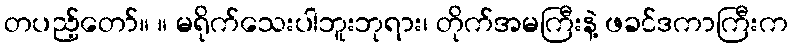
တပည့်တော်။ ။ မရိုက်သေးပါဘူးဘုရား၊ တိုက်အမကြီးနဲ့ ဖခင်ဒကာကြီးက